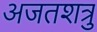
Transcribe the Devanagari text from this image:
अजतशत्रु